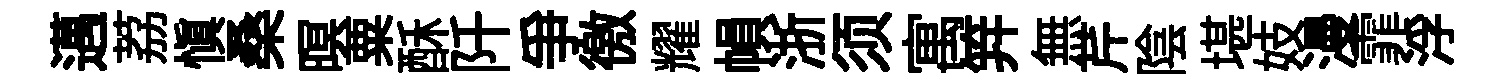
邁荔愼桑暝粟酥阡爭徼耀𢄙浙须寓笄無芹陰堪妓漫霏浮